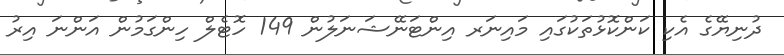
ދުނިޔޭގެ އެކި ކަންކޮޅުތަކުގައި މައިނަރ އިންޓަނޭޝަނަލުން 149 ހޮޓެލް ހިންގަމުން އަންނަ އިރު